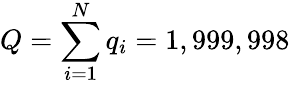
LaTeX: Q=\sum_{i=1}^{N}q_{i}=1,999,998